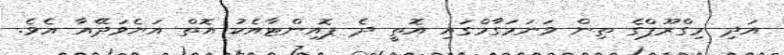
އަދި މިގްރޫޕްގެ ތިން ވަނަމަގާމްގައި އޮތީ ދެ ޕޮއިންޓާއެކު އޮތް އަޔެވަދޭއާ އެވެ.